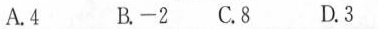
A.4 B.-2 C.8 D.3